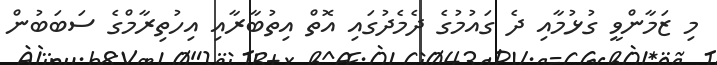
މި ޒަމާންވީ ގުޅުމާއި ދެ ގައުމުގެ ދެމެދުގައި އޮތް އިތުބާރާއި އިހުތިރާމްގެ ސަބަބުން